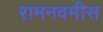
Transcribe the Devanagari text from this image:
रामनवमीस